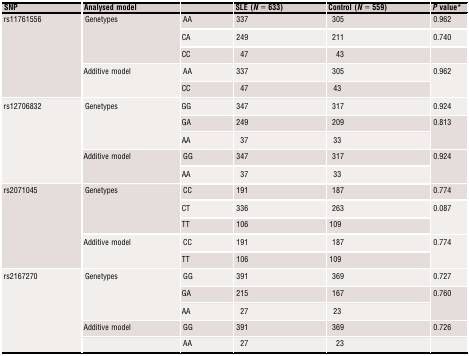
| SNP | Analysed model |  | SLE (N = 633) | Control (N = 559) | P valuea |
 | --- | --- | --- | --- | --- | --- |
 | <ROWSPAN=5> rs11761556 | <ROWSPAN=3> Genetypes | AA | 337 | 305 | 0.962 |
 | CA | 249 | 211 | 0.740 |
 | CC | 47 | 43 |  |
 | <ROWSPAN=2> Additive model | AA | 337 | 305 | 0.962 |
 | CC | 47 | 43 |
 | <ROWSPAN=5> rs12706832 | <ROWSPAN=3> Genetypes | GG | 347 | 317 | 0.924 |
 | GA | 249 | 209 | <ROWSPAN=2> 0.813 |
 | AA | 37 | 33 |
 | <ROWSPAN=2> Additive model | GG | 347 | 317 | <ROWSPAN=2> 0.924 |
 | AA | 37 | 33 |
 | <ROWSPAN=5> rs2071045 | <ROWSPAN=3> Genetypes | CC | 191 | 187 | 0.774 |
 | CT | 336 | 263 | <ROWSPAN=2> 0.087 |
 | TT | 106 | 109 |
 | <ROWSPAN=2> Additive model | CC | 191 | 187 | <ROWSPAN=2> 0.774 |
 | TT | 106 | 109 |
 | <ROWSPAN=5> rs2167270 | <ROWSPAN=3> Genetypes | GG | 391 | 369 | 0.727 |
 | GA | 215 | 167 | <ROWSPAN=2> 0.760 |
 | AA | 27 | 23 |
 | Additive model | GG | 391 | 369 | 0.726 |
 |  | AA | 27 | 23 |  |